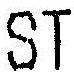
ST